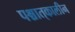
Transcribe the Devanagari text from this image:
पश्चात्‌कालीन